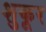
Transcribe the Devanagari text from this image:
शुकूर